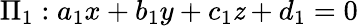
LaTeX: \Pi_{1}:a_{1}x+b_{1}y+c_{1}\mathit{z}+d_{1}=0